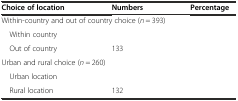
<table><thead><tr><td><b>Choice of location</b></td><td><b>Numbers</b></td><td><b>Percentage</b></td></tr></thead><tbody><tr><td colspan="3">Within-country and out of country choice (<i>n</i> = 393)</td></tr><tr><td> Within country</td><td>[EMPTY_CELL]</td><td>[EMPTY_CELL]</td></tr><tr><td> Out of country</td><td>133</td><td>[EMPTY_CELL]</td></tr><tr><td colspan="3">Urban and rural choice (<i>n</i> = 260)</td></tr><tr><td> Urban location</td><td>[EMPTY_CELL]</td><td>[EMPTY_CELL]</td></tr><tr><td> Rural location</td><td>132</td><td>[EMPTY_CELL]</td></tr></tbody></table>